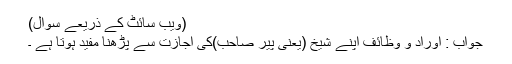
(ویب سائٹ کے ذَریعے سُوال)
جواب : اَوراد و وَظائِف اپنے شیخ (یعنی پیر صاحب)کی اِجازت سے پڑھنا مُفید ہوتا ہے ۔